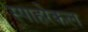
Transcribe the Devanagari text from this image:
स्पाहरेकल